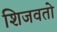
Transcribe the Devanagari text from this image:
शिजवतो